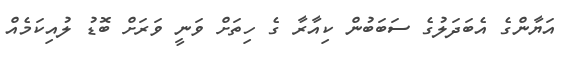
އަޔާންގެ އެބަދަލުގެ ސަބަބުން ކިއާރާ ގެ ހިތަށް ވަނީ ވަރަށް ބޮޑު ލުއިކަމެއް